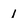
Character: 1